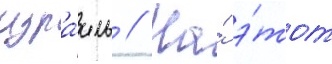
изра́иль // На́ э́тот